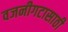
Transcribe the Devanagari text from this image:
वजनीगटासाठी